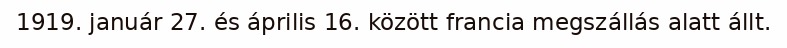
1919. január 27. és április 16. között francia megszállás alatt állt.